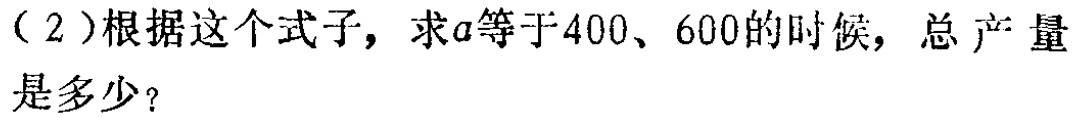
（2）根据这个式子，求\(a\)等于\(400\)、\(600\)的时候，总产量是多少？